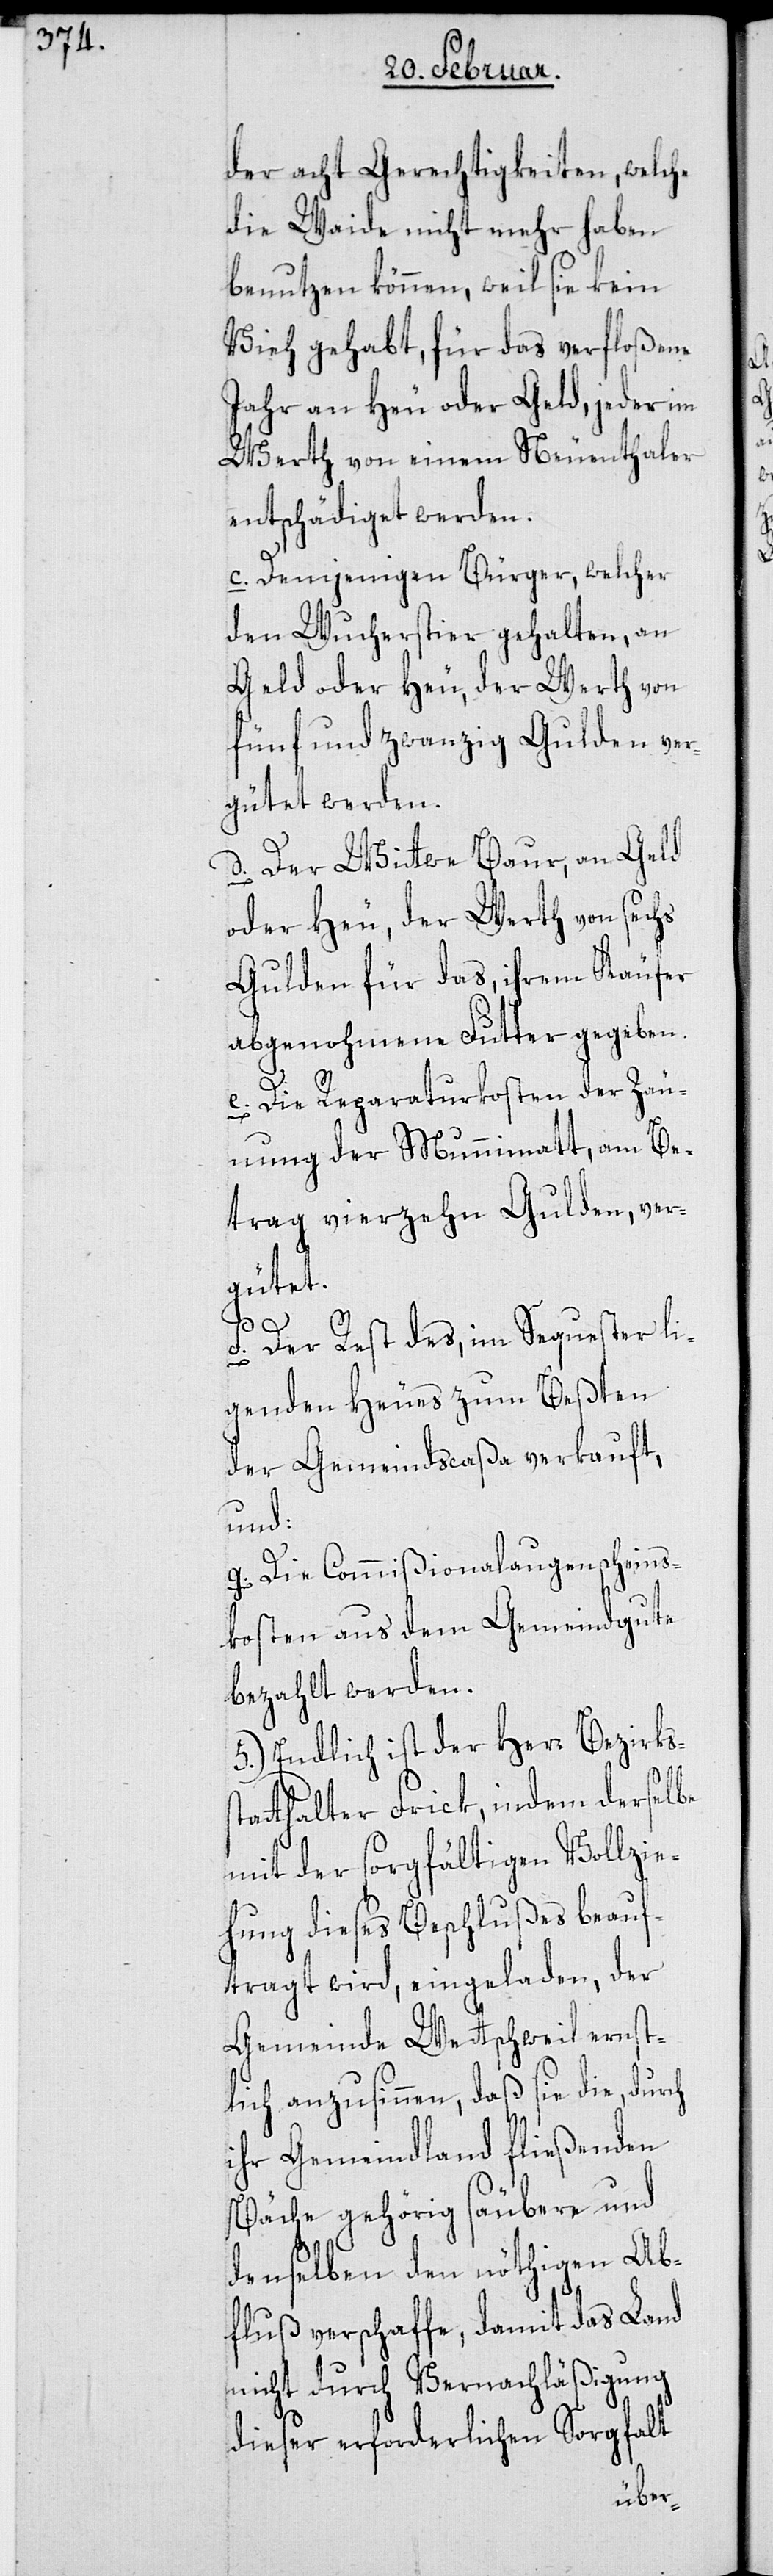
der acht Gerechtigkeiten, welche
die Waide nicht mehr haben
benutzen können, weil sie kein
Vieh gehabt, für das verfloßene
Jahr an Heu oder Geld, jeder im
Werth von einem Neuenthaler
entschädiget werden.
c. Demjenigen Bürger, welcher
den Wucherstier gehalten, an
Geld oder Heu, der Werth von
fünf und zwanzig Gulden ver¬
gütet werden.
d. Der Wittwe Baur, an Geld
oder Heu, der Werth von sechs
Gulden für das, ihrem Käufer
abgenohmene Futter gegeben.
e. Die Reparaturkosten der Zäu¬
nung der Munnimatt, am Be¬
trag vierzehn Gulden, ver¬
gütet.
s¬
f. Der Rest des, im Sequester li¬
genden Heues zum Beßten
der Gemeindscaßa verkauft,
und:
g. Die Commißionalaugenscheins¬
kosten aus dem Gemeindgute
bezahlt werden.
5.) Endlich ist der Herr Bezirks¬
tatthalter Frick, indem derselbe
mit der sorgfältigen Vollzie¬
hung dieses Beschlußes beauf¬
tragt wird, eingeladen, der
Gemeinde Wettschweil ernst¬
lich anzusinnen, daß sie die, durch
ihr Gemeindland fließenden
Bäche gehörig säubere und
denselben den nöthigen Ab¬
fluß verschaffe, damit das Land
nicht durch Vernachläßigung
dieser erforderlichen Sorgfalt